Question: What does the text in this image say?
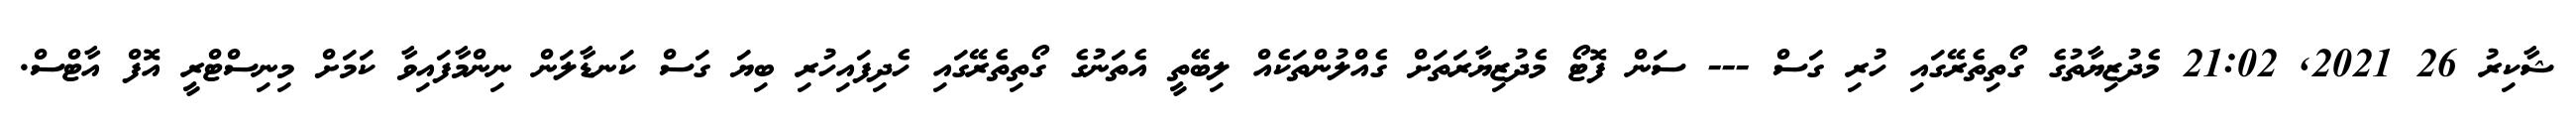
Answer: ޝާކިރު 26 2021, 21:02 މެދުޒިޔާތުގެ ގޯތިތެރޭގައި ހުރި ގަސް --- ސަން ފޮޓޯ މެދުޒިޔާރަތަށް ގެއްލުންތަކެއް ލިބޭތީ އެތަނުގެ ގޯތިތެރޭގައި ހެދިފައިހުރި ބިޔަ ގަސް ކަނޑާލަން ނިންމާފައިވާ ކަމަށް މިނިސްޓްރީ އޮފް އާޓްސް.